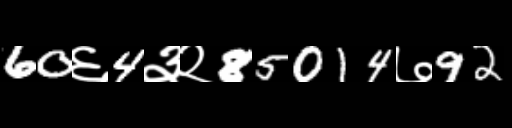
Text: 60६4३२85014७92